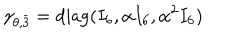
\gamma _ { \theta , \bar { 3 } } = \mathrm { d i a g } ( I _ { 6 } , \alpha I _ { 6 } , \alpha ^ { 2 } I _ { 6 } )